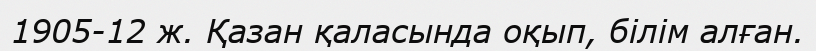
1905-12 ж. Қазан қаласында оқып, білім алған.